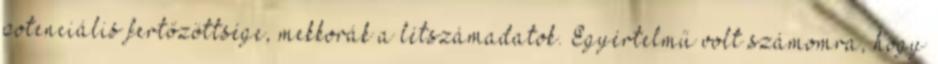
potenciális fertőzöttsége, mekkorák a létszámadatok. Egyértelmű volt számomra, hogy